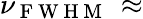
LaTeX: \nu_{\mathrm{~F~W~H~M~}}\, \approx